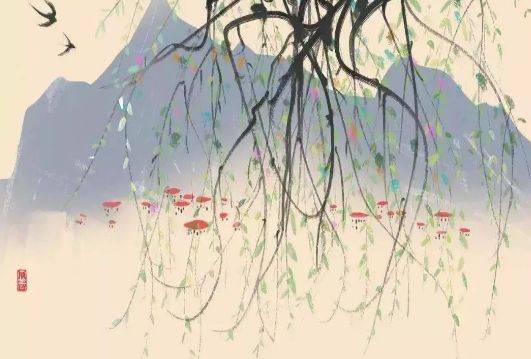
律回岁晚冰霜少，春到人间草木知。